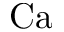
\mathrm { C a }